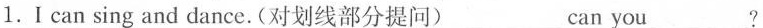
1.Ican sing and dance.(对划线部分提问)___can you___?